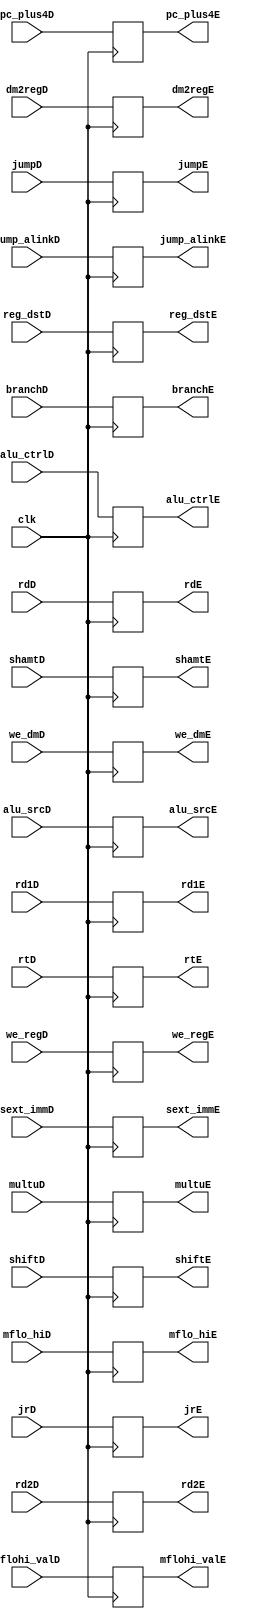
`timescale 1ns / 1ps

module ID_to_EXE_stage(
//control signal
input wire dm2regD, we_dmD, shiftD, jrD, jump_alinkD, jumpD, branchD, alu_srcD, reg_dstD, multuD, we_regD, clk,
input wire [2:0] alu_ctrlD,
input wire [1:0] mflo_hiD,
//data
input wire [31:0] rd1D, rd2D, sext_immD,pc_plus4D,mflohi_valD,
input wire [4:0] shamtD,rtD, rdD,

// output 
//control signal
output reg dm2regE, we_dmE, shiftE, jrE, jump_alinkE, jumpE, branchE, alu_srcE, reg_dstE, multuE, we_regE,
output reg [2:0] alu_ctrlE,
output reg [1:0] mflo_hiE,
//data
output reg [31:0] rd1E, rd2E, sext_immE, pc_plus4E,mflohi_valE,
output reg [4:0] shamtE,rtE, rdE
    );
    
always@(posedge clk)begin
    //control
    dm2regE <= dm2regD; 
    we_dmE  <= we_dmD; 
    shiftE  <= shiftD;
    jrE     <= jrD;
    jump_alinkE <= jump_alinkD;
    jumpE       <= jumpD;
    branchE     <= branchD;
    alu_srcE    <=  alu_srcD;
    reg_dstE    <= reg_dstD;
    multuE      <= multuD;
    we_regE     <= we_regD;
    alu_ctrlE   <= alu_ctrlD;
    mflo_hiE    <= mflo_hiD;
    //data
    rd1E        <=  rd1D;
    rd2E        <=  rd2D;
    sext_immE   <= sext_immD ;
    pc_plus4E   <= pc_plus4D;
    mflohi_valE <= mflohi_valD;
    shamtE      <= shamtD;
    rtE         <=  rtD;
    rdE         <= rdD;

end

endmodule